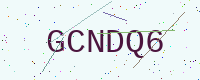
Text: GCNDQ6